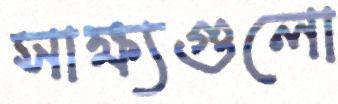
সাক্ষ্যগুলো